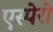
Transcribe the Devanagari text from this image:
एस्पेरो